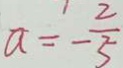
a = \frac { 2 } { - 5 }